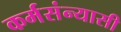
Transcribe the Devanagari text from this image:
कर्मसंन्यासी